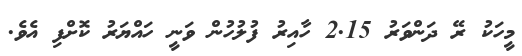
މީހަކު ރޭ ދަންވަރު 2.15 ހާއިރު ފުލުހުން ވަނީ ހައްޔަރު ކޮށްފި އެވެ.